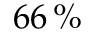
6 6 \, \%